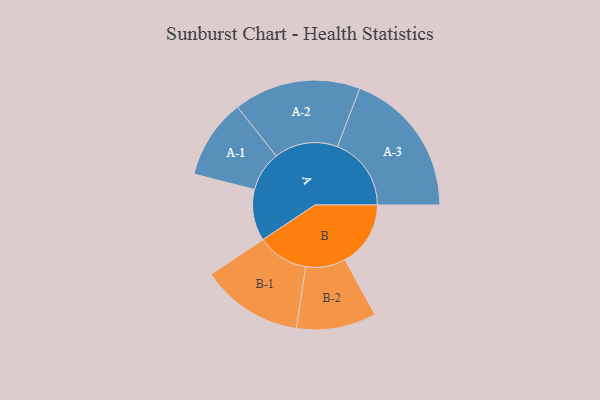
{"axis": {"x": "Segment", "y": "Value"}, "legend": ["", "A", "B"], "data": [{"x": "A", "y": 174, "type": ""}, {"x": "B", "y": 222, "type": ""}, {"x": "A-1", "y": 135, "type": "A"}, {"x": "A-2", "y": 215, "type": "A"}, {"x": "A-3", "y": 250, "type": "A"}, {"x": "B-1", "y": 173, "type": "B"}, {"x": "B-2", "y": 135, "type": "B"}]}